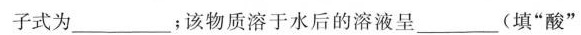
子式为_________；该物质溶于水后的溶液呈____(填”酸”